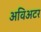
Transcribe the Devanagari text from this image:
अविअटर